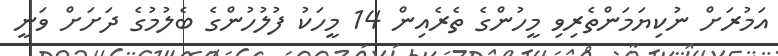
އަމުރަށް ނުކިޔަމަންތެރިވި މީހުންގެ ތެރެއިން 14 މީހަކު ފުލުހުންގެ ބެލުމުގެ ދަށަށް ވަނީ